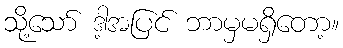
သို့သော် ဒါ့အပြင် ဘာမှမရှိတော့။